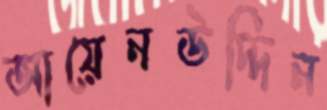
আয়েনউদ্দিন